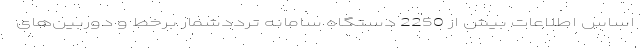
اساس اطلاعات بیش از 2250 دستگاه سامانه ترددشمار برخط و دوربین‌های